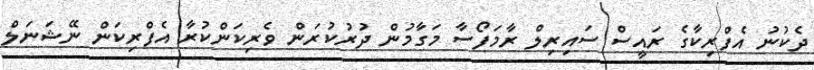
ދެކުނު އެފްރިކާގެ ރައީސް ސައިރިލް ރާމަފޯސާ މަގާމުން ދުރުކުރަން ވެރިކަންކުރާ އެފްރިކަން ނޭޝަނަލް